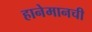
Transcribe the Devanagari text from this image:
हानेमानची